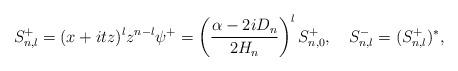
LaTeX: \begin{align*}S_{n,l}^+=(x+itz)^lz^{n-l}\psi^+=\left(\frac{\alpha-2iD_n}{2H_n}\right)^lS^+_{n,0},\quad S^-_{n,l}=(S^+_{n,l})^*,\end{align*}